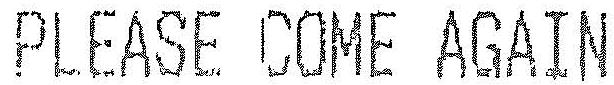
PLEASE COME AGAIN